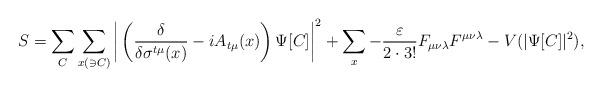
LaTeX: \begin{align*}S = \sum_{C} \sum_{x(\ni C)} \bigg| \left( \frac{\delta}{\delta\sigma^{t\mu} (x) } - i A_{t\mu}(x) \right) \Psi[C] \bigg|^2 + \sum_{x} - \frac{\varepsilon}{2 \cdot 3! } F_{\mu\nu\lambda} F^{\mu\nu\lambda} - V(|\Psi[C]|^2) ,\end{align*}